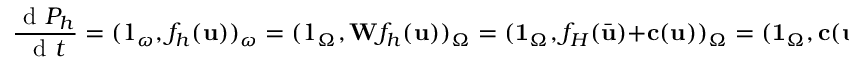
\frac { \mathrm { ~ d ~ } P _ { h } } { \mathrm { ~ d ~ } t } = ( \boldsymbol { 1 } _ { \omega } , f _ { h } ( \mathbf { u } ) ) _ { \omega } = ( \boldsymbol { 1 } _ { \Omega } , \mathbf { W } f _ { h } ( \mathbf { u } ) ) _ { \Omega } = ( \mathbf { 1 } _ { \Omega } , f _ { H } ( \bar { \mathbf { u } } ) + \mathbf { c } ( \mathbf { u } ) ) _ { \Omega } = ( \mathbf { 1 } _ { \Omega } , \mathbf { c } ( \mathbf { u } ) ) _ { \Omega } = 0 ,